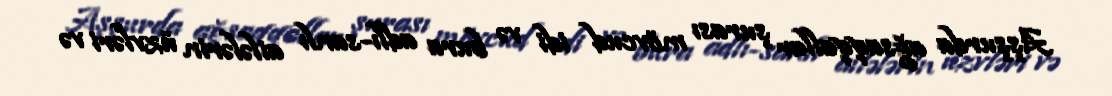
Aşşurda ağsaqqallar şurası mövcud idi və bura adlı-sanlı ailələrin üzvləri və